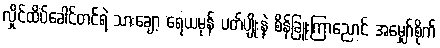
လှိုင်ထိပ်ခေါင်တင်ရဲ့ သားချော့ ရေယမုန် ပတ်ပျိုးနဲ့ စိန်ခြူးကြာညောင် အမျှော်စိုက်